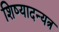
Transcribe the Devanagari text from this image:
शिष्यादन्यत्र